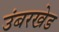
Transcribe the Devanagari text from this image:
उंबरखेड